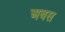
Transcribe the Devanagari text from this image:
अबस